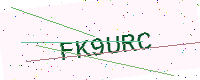
Text: FK9URC